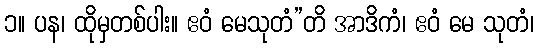
၁။ ပန၊ ထိုမှတစ်ပါး။ ဧဝံ မေသုတံ”တိ အာဒိကံ၊ ဧဝံ မေ သုတံ၊